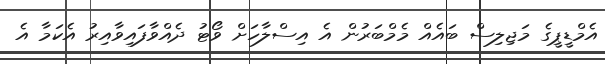
އެމްޑީޕީގެ މަޖިލިސް ބައެއް މެމްބަރުން އެ އިސްލާހަށް ވޯޓު ދެއްވާފައިވާއިރު އެކަމާ އެ